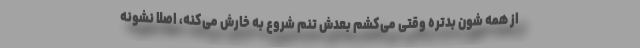
از همه شون بدتره وقتی می‌کشم بعدش تنم شروع به خارش می‌کنه، اصلا نشونه